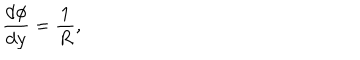
\frac { \mathrm { d } \phi } { \mathrm { d } y } = { \frac { 1 } { R } } ,